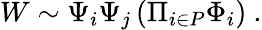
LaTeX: W\sim\Psi_{i}\Psi_{j}\left(\Pi_{i\in P}\Phi_{i}\right)\ .